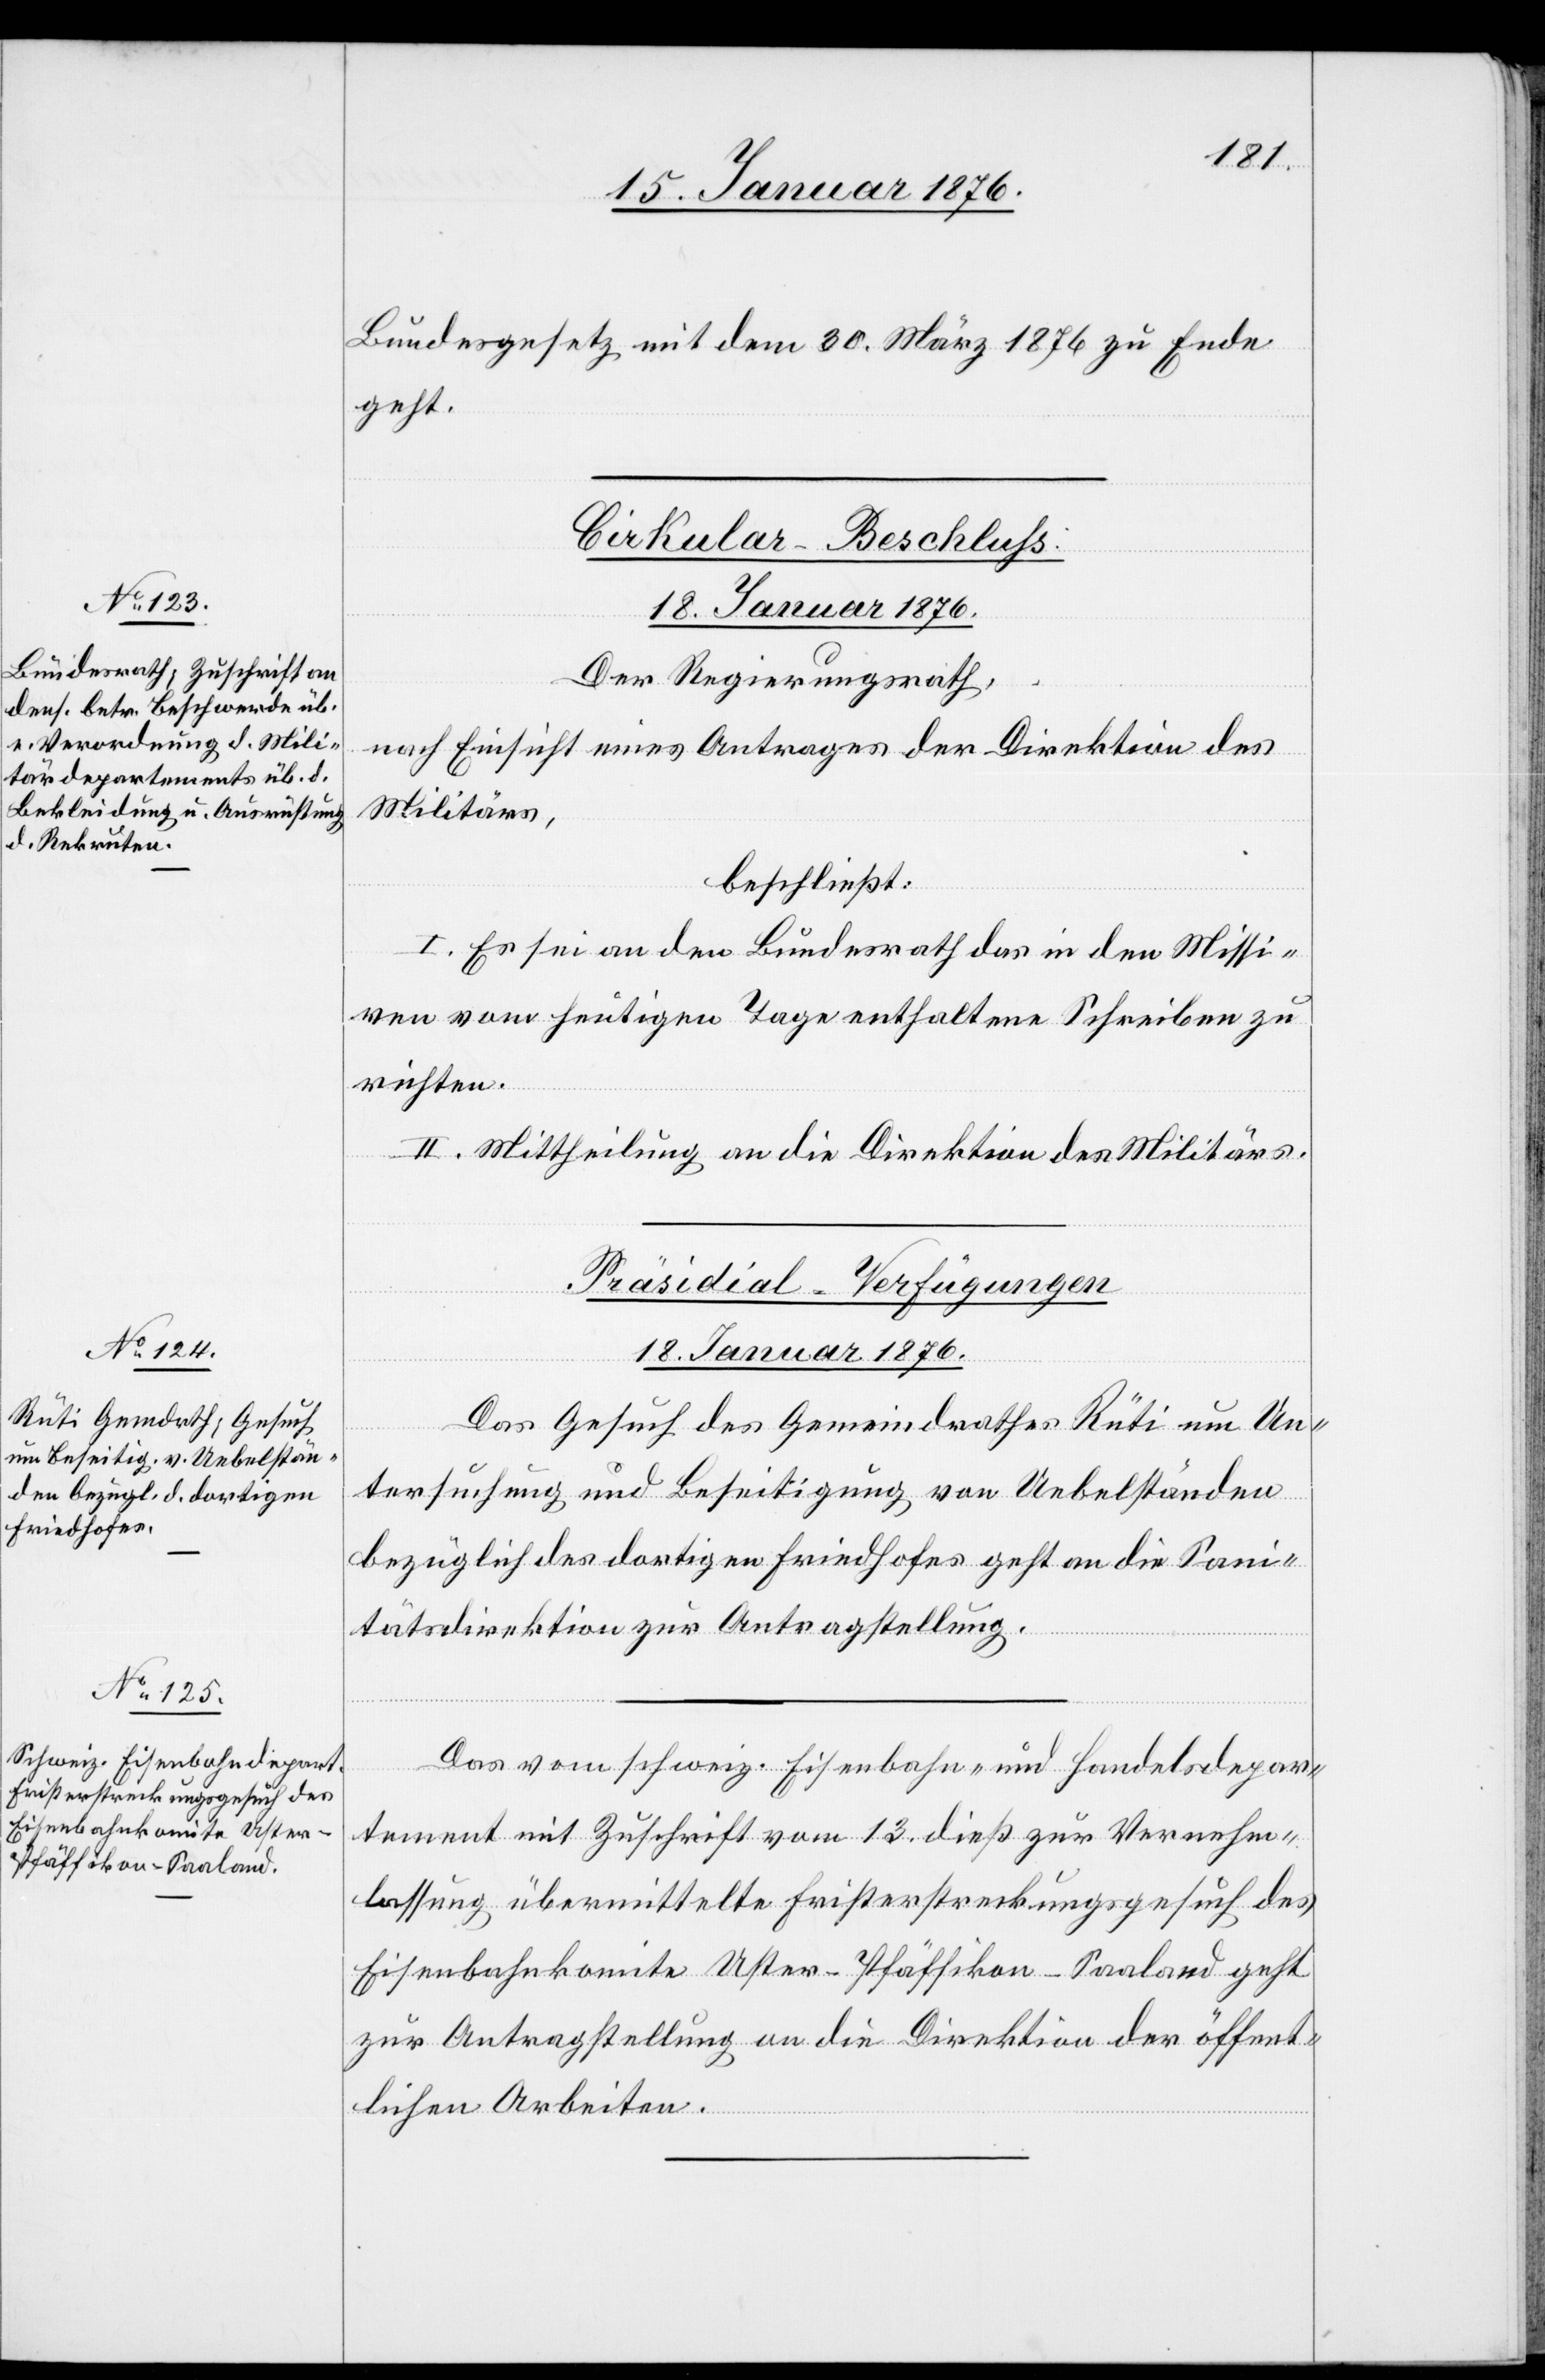
Bundesgesetz mit dem 30. März 1876 zu Ende
geht.
Cirkular-Beschluss
18. Januar 1876.
Der Regierungsrath,
nach Einsicht eines Antrages der Direktion des
Militärs,
beschließt:
I. Es sei an den Bundesrath das in den Missi¬
ven vom heutigen Tage enthaltene Schreiben zu
richten.
II. Mittheilung an die Direktion des Militärs.
[Präsidial-Verfügungen
18. Januar 1876.]
Das Gesuch des Gemeindrathes Rüti um Un¬
tersuchung und Beseitigung von Uebelständen
bezüglich des dortigen Friedhofes geht an die Sani¬
tätsdirektion zur Antragstellung.
Das vom schweiz. Eisenbahn- und Handelsdepar¬
tement mit Zuschrift vom 13. dieß zur Vernehm¬
lassung übermittelte Fristerstreckungsgesuch des
Eisenbahnkomite Uster-Pfäffikon-Saaland geht
zur Antragstellung an die Direktion der öffent¬
lichen Arbeiten.